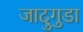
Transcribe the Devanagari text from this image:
जादुगुडा